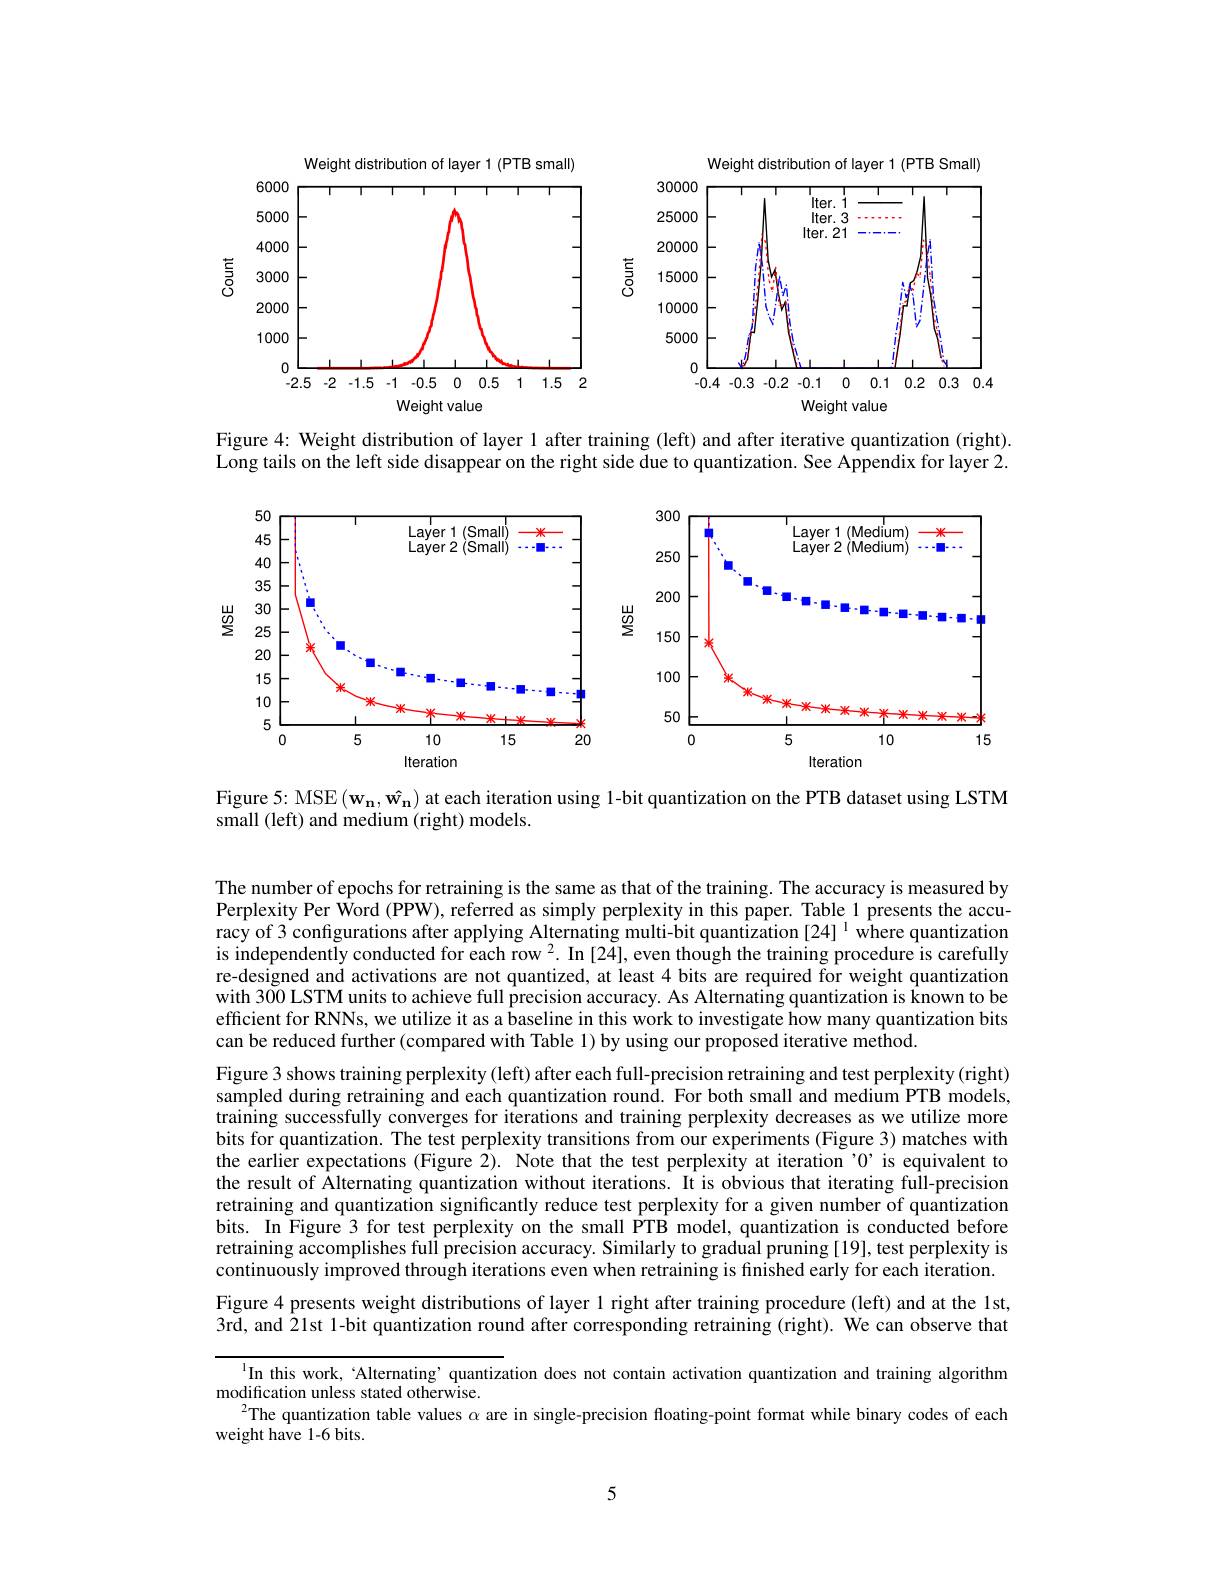
<FigureHere>

Figure 4: Weight distribution of layer 1 after training (left) and after iterative quantization (right). Long tails on the left side disappear on the right side due to quantization. See Appendix for layer 2.

<FigureHere>

Figure 5: MSE $(\mathbf{w_n},\mathbf{\hat{w_n}})$ at each iteration using 1-bit quantization on the PTB dataset using LSTM
small (left) and medium (right) models.

The number of epochs for retraining is the same as that of the training. The accuracy is measured by Perplexity Per Word (PPW), referred as simply perplexity in this paper. Table 1 presents the accuracy of 3 configurations after applying Alternating multi-bit quantization [24] $^{1}$ where quantization is independently conducted for each row $^2.$ In [24], even though the training procedure is carefully re-designed and activations are not quantized, at least 4 bits are required for weight quantization with 300 LSTM units to achieve full precision accuracy. As Alternating quantization is known to be efficient for RNNs, we utilize it as a baseline in this work to investigate how many quantization bits can be reduced further (compared with Table 1) by using our proposed iterative method.
Figure 3 shows training perplexity (left) after each full-precision retraining and test perplexity (right) sampled during retraining and each quantization round. For both small and medium PTB models, training successfully converges for iterations and training perplexity decreases as we utilize more bits for quantization. The test perplexity transitions from our experiments (Figure 3) matches with the earlier expectations (Figure 2). Note that the test perplexity at iteration’0 is equivalent to the result of Alternating quantization without iterations. It is obvious that iterating full-precision retraining and quantization significantly reduce test perplexity for a given number of quantization bits. In Figure 3 for test perplexity on the small PTB model, quantization is conducted before retraining accomplishes full precision accuracy. Similarly to gradual pruning [19], test perplexity is continuously improved through iterations even when retraining is finished early for each iteration. Figure 4 presents weight distributions of layer 1 right after training procedure (left) and at the lst, 3rd, and 21st 1-bit quantization round after corresponding retraining (right). We can observe that

In this work, ‘Alternating’quantization does not contain activation quantization and training algorithm
modification unless stated otherwise.
$^{2}$The quantization table values $\alpha$ are in single-precision floating-point format while binary codes of each
weight have 1-6 bits.

5